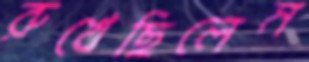
রুখেছিলেম